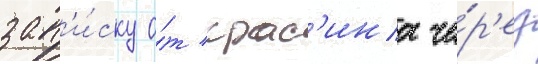
зап'и́ску о́т крас'ина че́р'ез